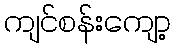
ကျင်စန်းကျော့